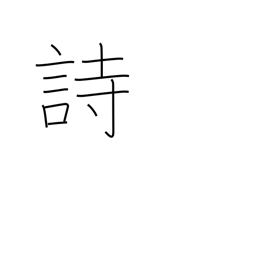
Meaning: poem